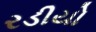
રડીયો